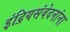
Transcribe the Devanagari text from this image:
इंद्रियसंवेदनांना